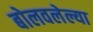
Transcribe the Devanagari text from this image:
बोलवलेल्या